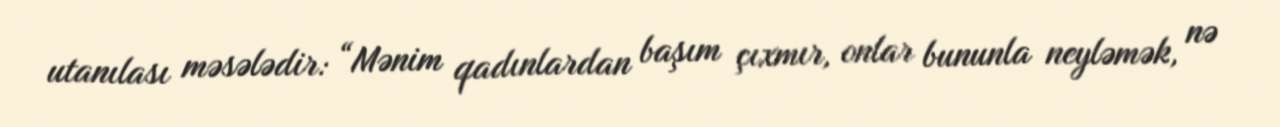
utanılası məsələdir: “Mənim qadınlardan başım çıxmır, onlar bununla neyləmək, nə